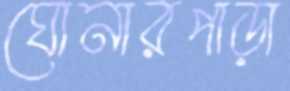
ঘোনারপাড়া